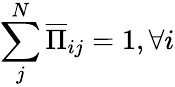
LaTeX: \sum_{j}^{N}\overline{{\Pi}}_{ij}=1,\forall i